Insane asylums in Bengal annual reports 1867-1875 - 1867-1875
Year: 1867
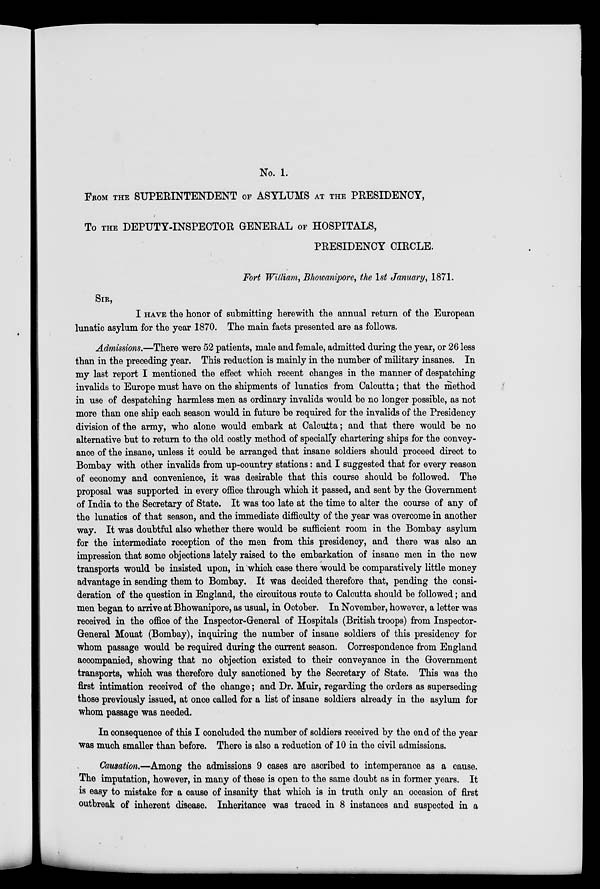
No. 1.
FROM THE SUPERINTENDENT OF ASTLUMS AT THE PRESIDENCY,
To THE DEPUTY-INSPECTOR GENERAL OF HOSPITALS,
PRESIDENCT CIRCLE.
Fort William, Bhowanipore, the 1st January, 1871.
SIR,
I HAVE the honor of submitting herewith the annual return of the European
lunatic asylum for the year 1870. The main facts presented are as follows.
Admissions.—There were 52 patients, male and female, admitted during the year, or 26 less
than in the preceding year. This reduction is mainly in the number of military insanes. In
my last report I mentioned the effect which recent changes in the manner of despatching
invalids to Europe must have on the shipments of lunatics from Calcutta; that the method
in use of despatching harmless men as ordinary invalids would be no longer possible, as not
more than one ship each season would in future be required for the invalids of the Presidency
division of the army, who alone would embark at Calcutta; and that there would be no
alternative but to return to the old costly method of specially chartering ships for the convey-
ance of the insane, unless it could be arranged that insane soldiers should proceed direct to
Bombay with other invalids from up-country stations: and I suggested that for every reason
of economy and convenience, it was desirable that this course should be followed. The
proposal was supported in every office through which it passed, and sent by the Government
of India to the Secretary of State. It was too late at the time to alter the course of any of
the lunatics of that season, and the immediate difficulty of the year was overcome in another
way. It was doubtful also whether there would be sufficient room in the Bombay asylum
for the intermediate reception of the men from this presidency, and there was also an
impression that some objections lately raised to the embarkation of insane men in the new
transports would be insisted upon, in which case there would be comparatively little money
advantage in sending them to Bombay. It was decided therefore that, pending the consi-
deration of the question in England, the circuitous route to Calcutta should be followed; and
men began to arrive at Bhowanipore, as usual, in October. In November, however, a letter was
received in the office of the Inspector-General of Hospitals (British troops) from Inspector-
General Mouat (Bombay), inquiring the number of insane soldiers of this presidency for
whom passage would be required during the current season. Correspondence from England
accompanied, showing that no objection existed to their conveyance in the Government
transports, which was therefore duly sanctioned by the Secretary of State. This was the
first intimation received of the change; and Dr. Muir, regarding the orders as superseding
those previously issued, at once called for a list of insane soldiers already in the asylum for
whom passage was needed.
In consequence of this I concluded the number of soldiers received by the end of the year
was much smaller than before. There is also a reduction of 10 in the civil admissions.
Causation.—Among the admissions 9 cases are ascribed to intemperance as a cause.
The imputation, however, in many of these is open to the same doubt as in former years. It
is easy to mistake for a cause of insanity that which is in truth only an occasion of first
outbreak of inherent disease. Inheritance was traced in 8 instances and suspected in a